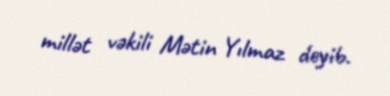
millət vəkili Mətin Yılmaz deyib.